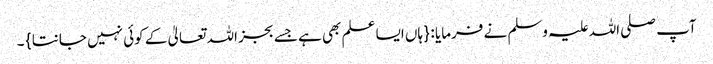
آپ صلی اللہ علیہ وسلم نے فرمایا : { ہاں ایسا علم بھی ہے جسے بجز اللہ تعالیٰ کے کوئی نہیں جانتا } ۔